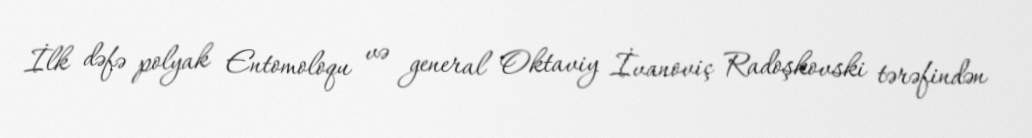
İlk dəfə polyak Entomoloqu və general Oktaviy İvanoviç Radoşkovski tərəfindən